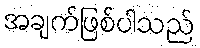
အချက်ဖြစ်ပါသည်